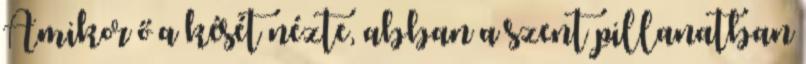
Amikor ő a kését nézte, abban a szent pillanatban